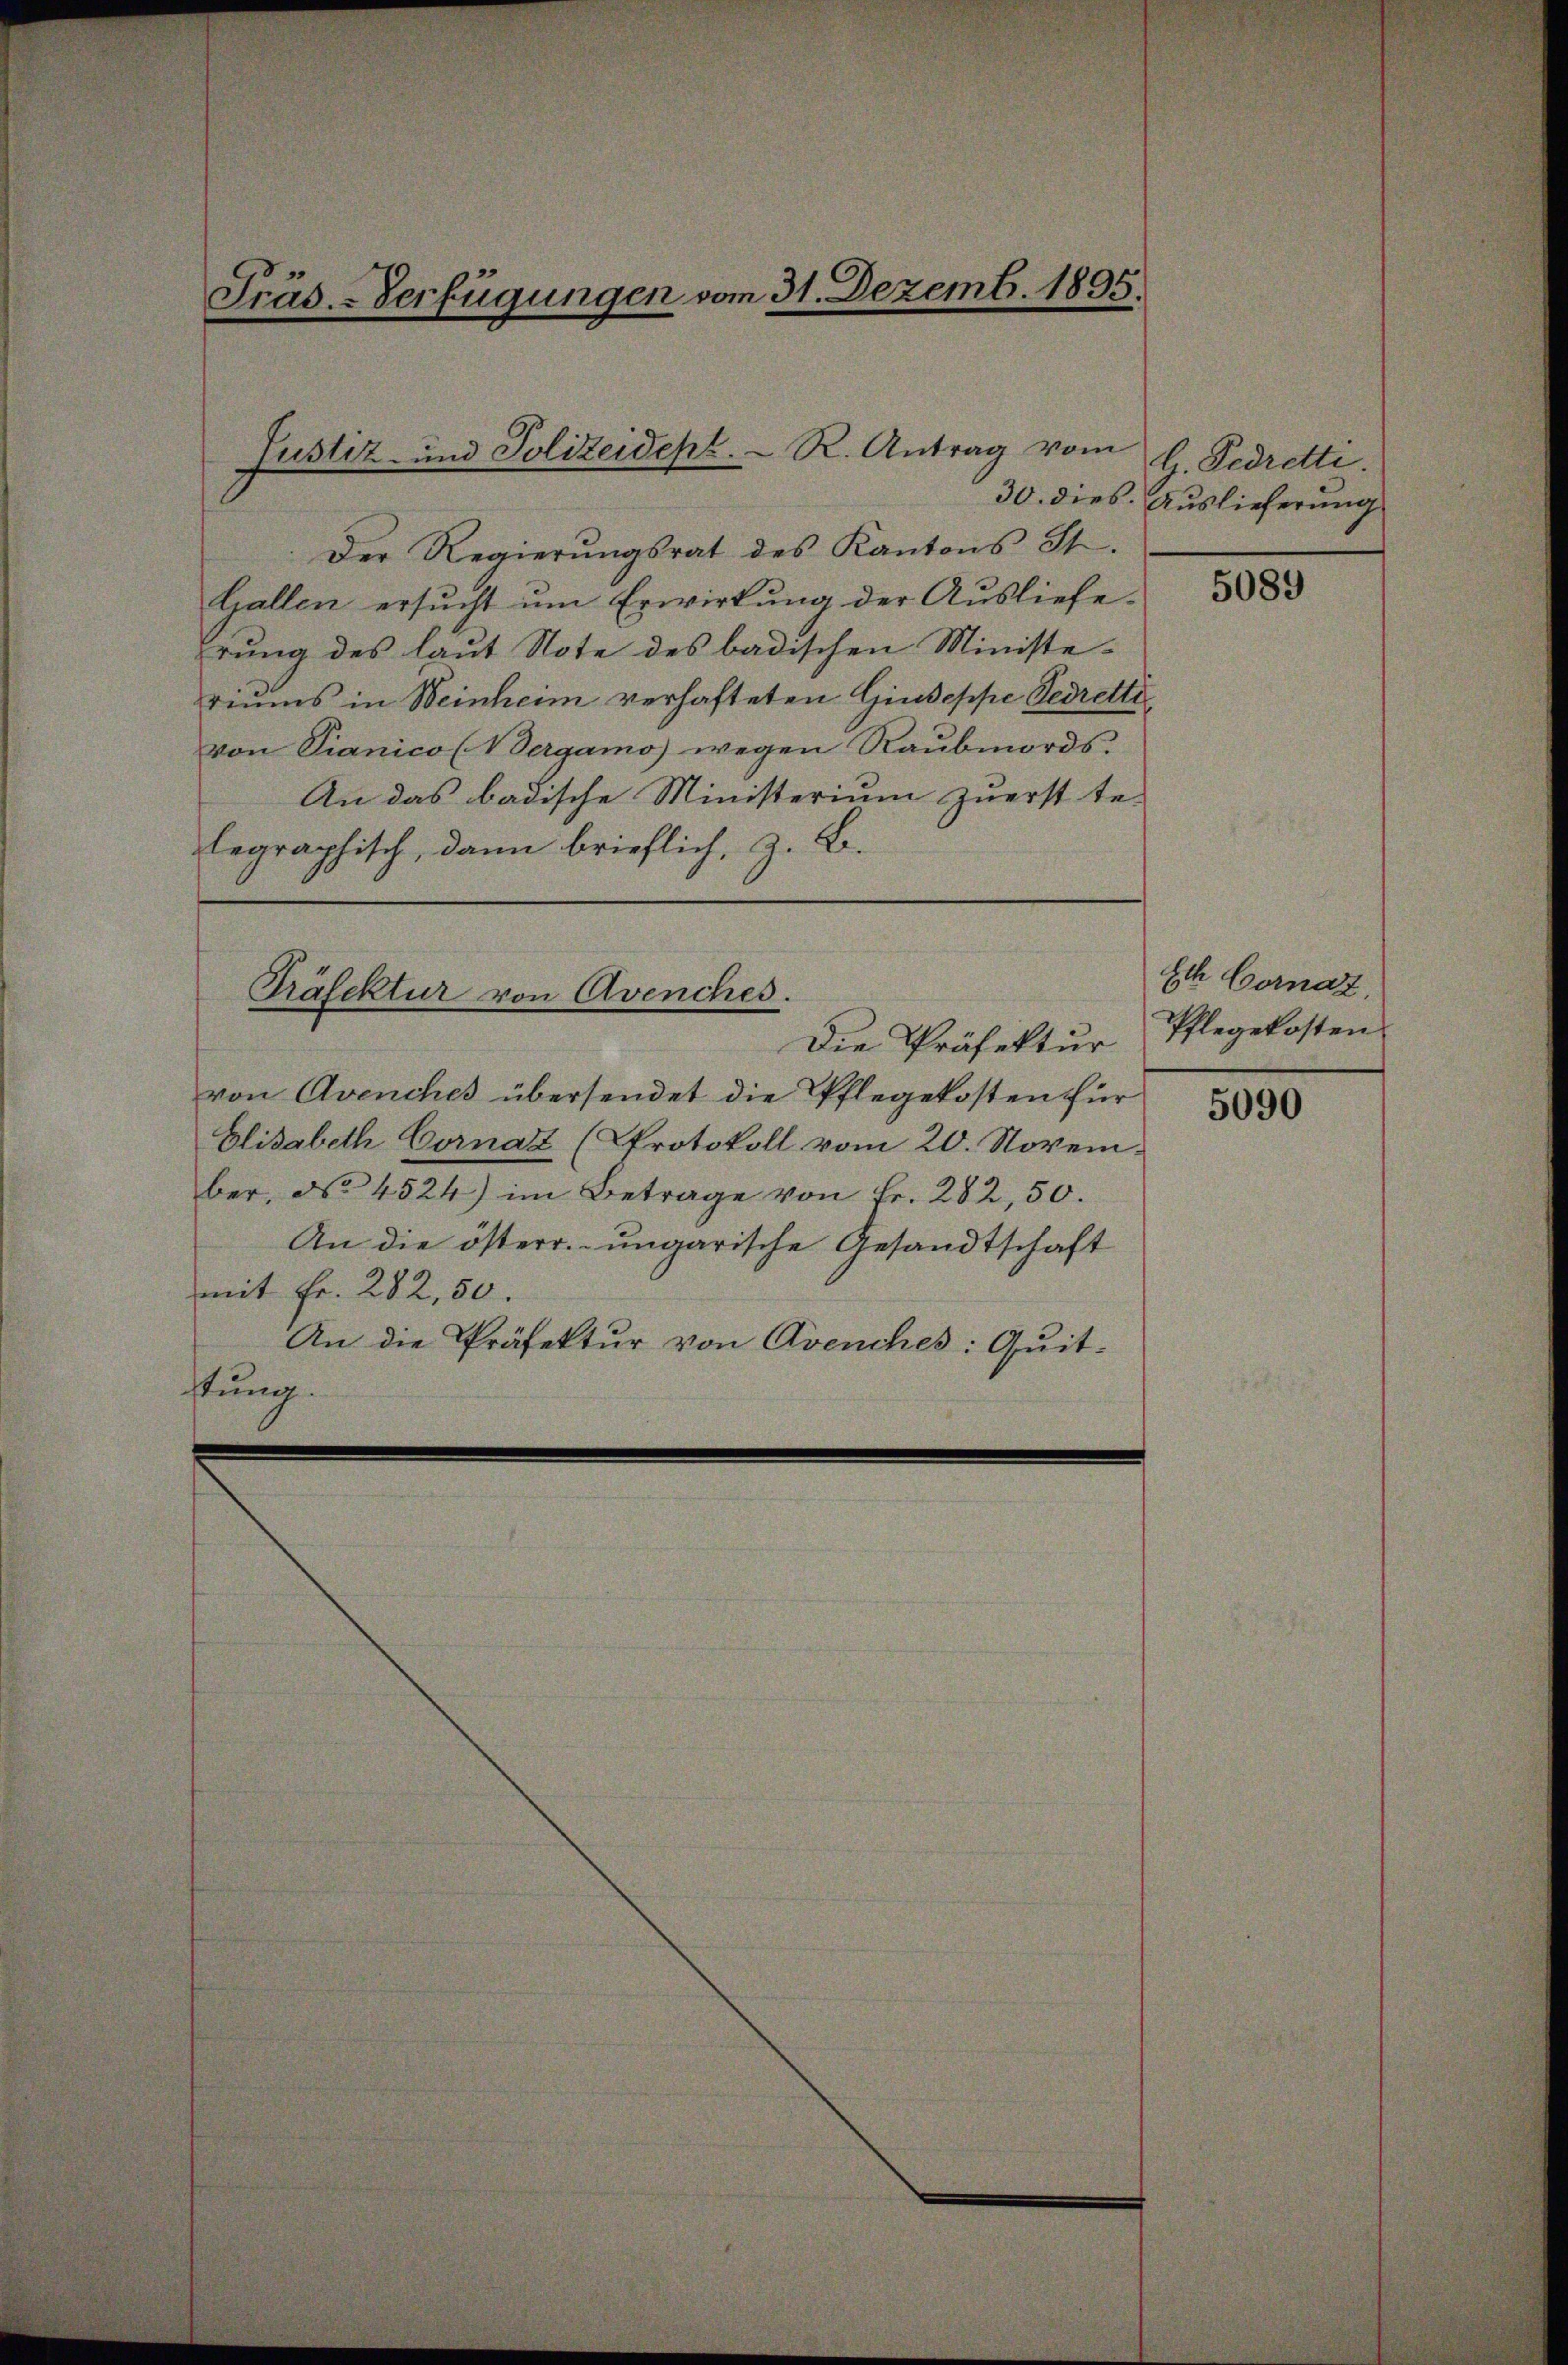
Präs.-Verfügungen vom 31. Dezemb. 1895.

Justiz- und Polizeidept. R. Antrag vom

Präfektur von Avenches.

Der Regierungsrat des Kantons St.
Gallen ersucht um Erwirkung der Auslieferung des laut Note des badischen Ministe-
riums in Weinheim verhafteten Giuseppe Bedrette
von Pianico (Vergamo) wegen Raubmords.
An das badische Ministerium zuerst te-
legraphisch, dann brieflich, z. B.

G. Pedretti.
30. dies Auslieferung

Die Präfektur
von Avenches übersendet die Pflegekosten für
Elisabeth Cornaz (Protokoll vom 20. Novem-
ber, No. 4524) im Betrage von Fr. 282, 50.
An die österr. ungarische Gesandtschaft
mit Fr. 282, 50.
An die Präfektur von Avenches: Quit-
stung.

5089

Ech Cornat.
Pflegekosten

5090